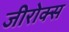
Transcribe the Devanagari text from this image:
जीरोक्स